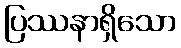
ပြဿနာရှိသော